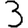
Digit: 3